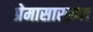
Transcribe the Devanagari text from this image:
प्रेमासारख्या